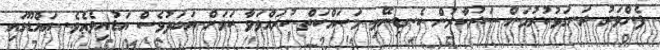
ފެންވަރު ރަނގަޅުކުރުމަށް ސަރުކާރުން ކެނޑިނޭޅި މަސައްކަތް ކުރައްވަވާ ކަމަށް އަބަދުވެސް އަޑުއިވެއެވެ. އައްޑޫގައި